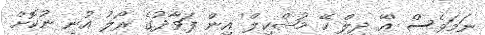
ނަމަވެސް 'އޭ ދިލް ހޭ މުޝްކިލް' އިން ފަވާދުގެ ރޯލު އުނި ނުކޮށް